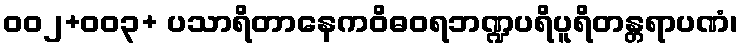
၀၀၂+၀၀၃+ ပသာရိတာနေကဝိဓဝရဘဏ္ဍပရိပူရိတန္တရာပဏံ၊